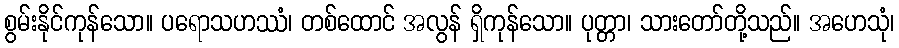
စွမ်းနိုင်ကုန်သော။ ပရောသဟဿံ၊ တစ်ထောင် အလွန် ရှိကုန်သော။ ပုတ္တာ၊ သားတော်တို့သည်။ အဟေသုံ၊